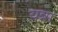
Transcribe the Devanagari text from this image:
यन्ना